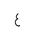
Letter: _ayn